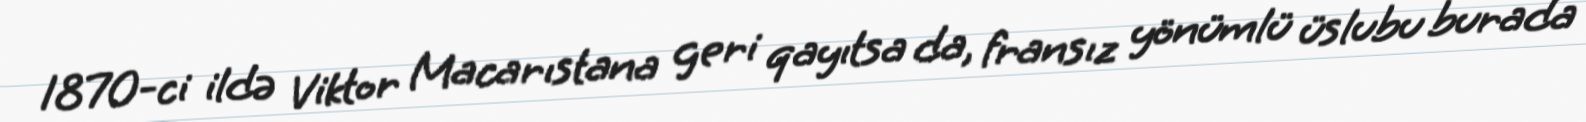
1870-ci ildə Viktor Macarıstana geri qayıtsa da, fransız yönümlü üslubu burada